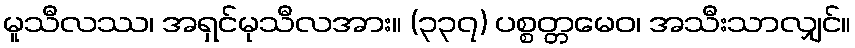
မူသီလဿ၊ အရှင်မုသီလအား။ (၃၃၇) ပစ္စတ္တမေဝ၊ အသီးသာလျှင်။